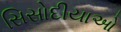
સિસોદીયાઓ